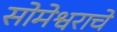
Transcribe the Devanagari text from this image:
सोमेश्वराचे